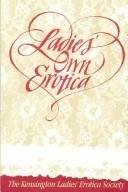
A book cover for Ladies' Own Erotica: Tales, Recipes, and Other Mischiefs by Older Women; The Kensington Ladies' Erotica Society; Romance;